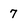
Character: 7